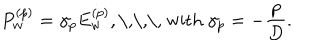
P _ { w } ^ { ( p ) } = \gamma _ { p } E _ { w } ^ { ( p ) } , \textrm { \, \, \, w i t h } \gamma _ { p } = - \frac { p } { D } .